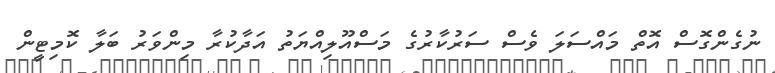
ނުގެންގޮސް އޮތް މައްސަލަ ވެސް ސަރުކާރުގެ މަސްއޫލިއްޔަތު އަދާކުރާ މިންވަރު ބަލާ ކޮމިޓީން